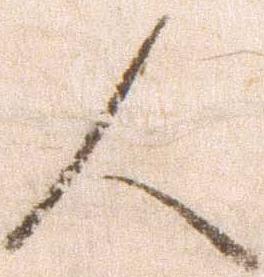
人